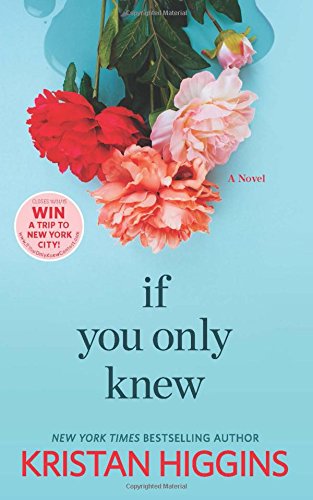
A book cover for If You Only Knew; Kristan Higgins; Romance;